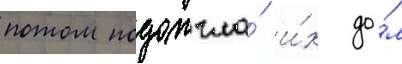
потом подожгла́ и́х до́м